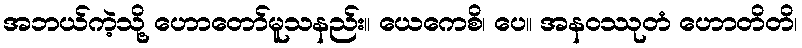
အဘယ်ကဲ့သို့ ဟောတော်မူသနည်း။ ယေကေစိ၊ ပေ။ အနဝဿုတံ ဟောတိတိ၊